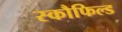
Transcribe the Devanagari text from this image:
स्कौफिल्ड